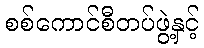
စစ်ကောင်စီတပ်ဖွဲ့နှင့်